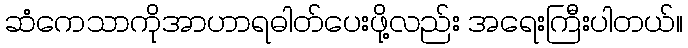
ဆံကေသာကိုအာဟာရဓါတ်ပေးဖို့လည်း အရေးကြီးပါတယ်။